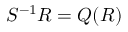
S ^ { - 1 } R = Q ( R )